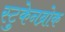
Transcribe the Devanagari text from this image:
स्टुकेनब्रोक